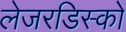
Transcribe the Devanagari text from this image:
लेजरडिस्कों